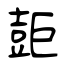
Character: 壾